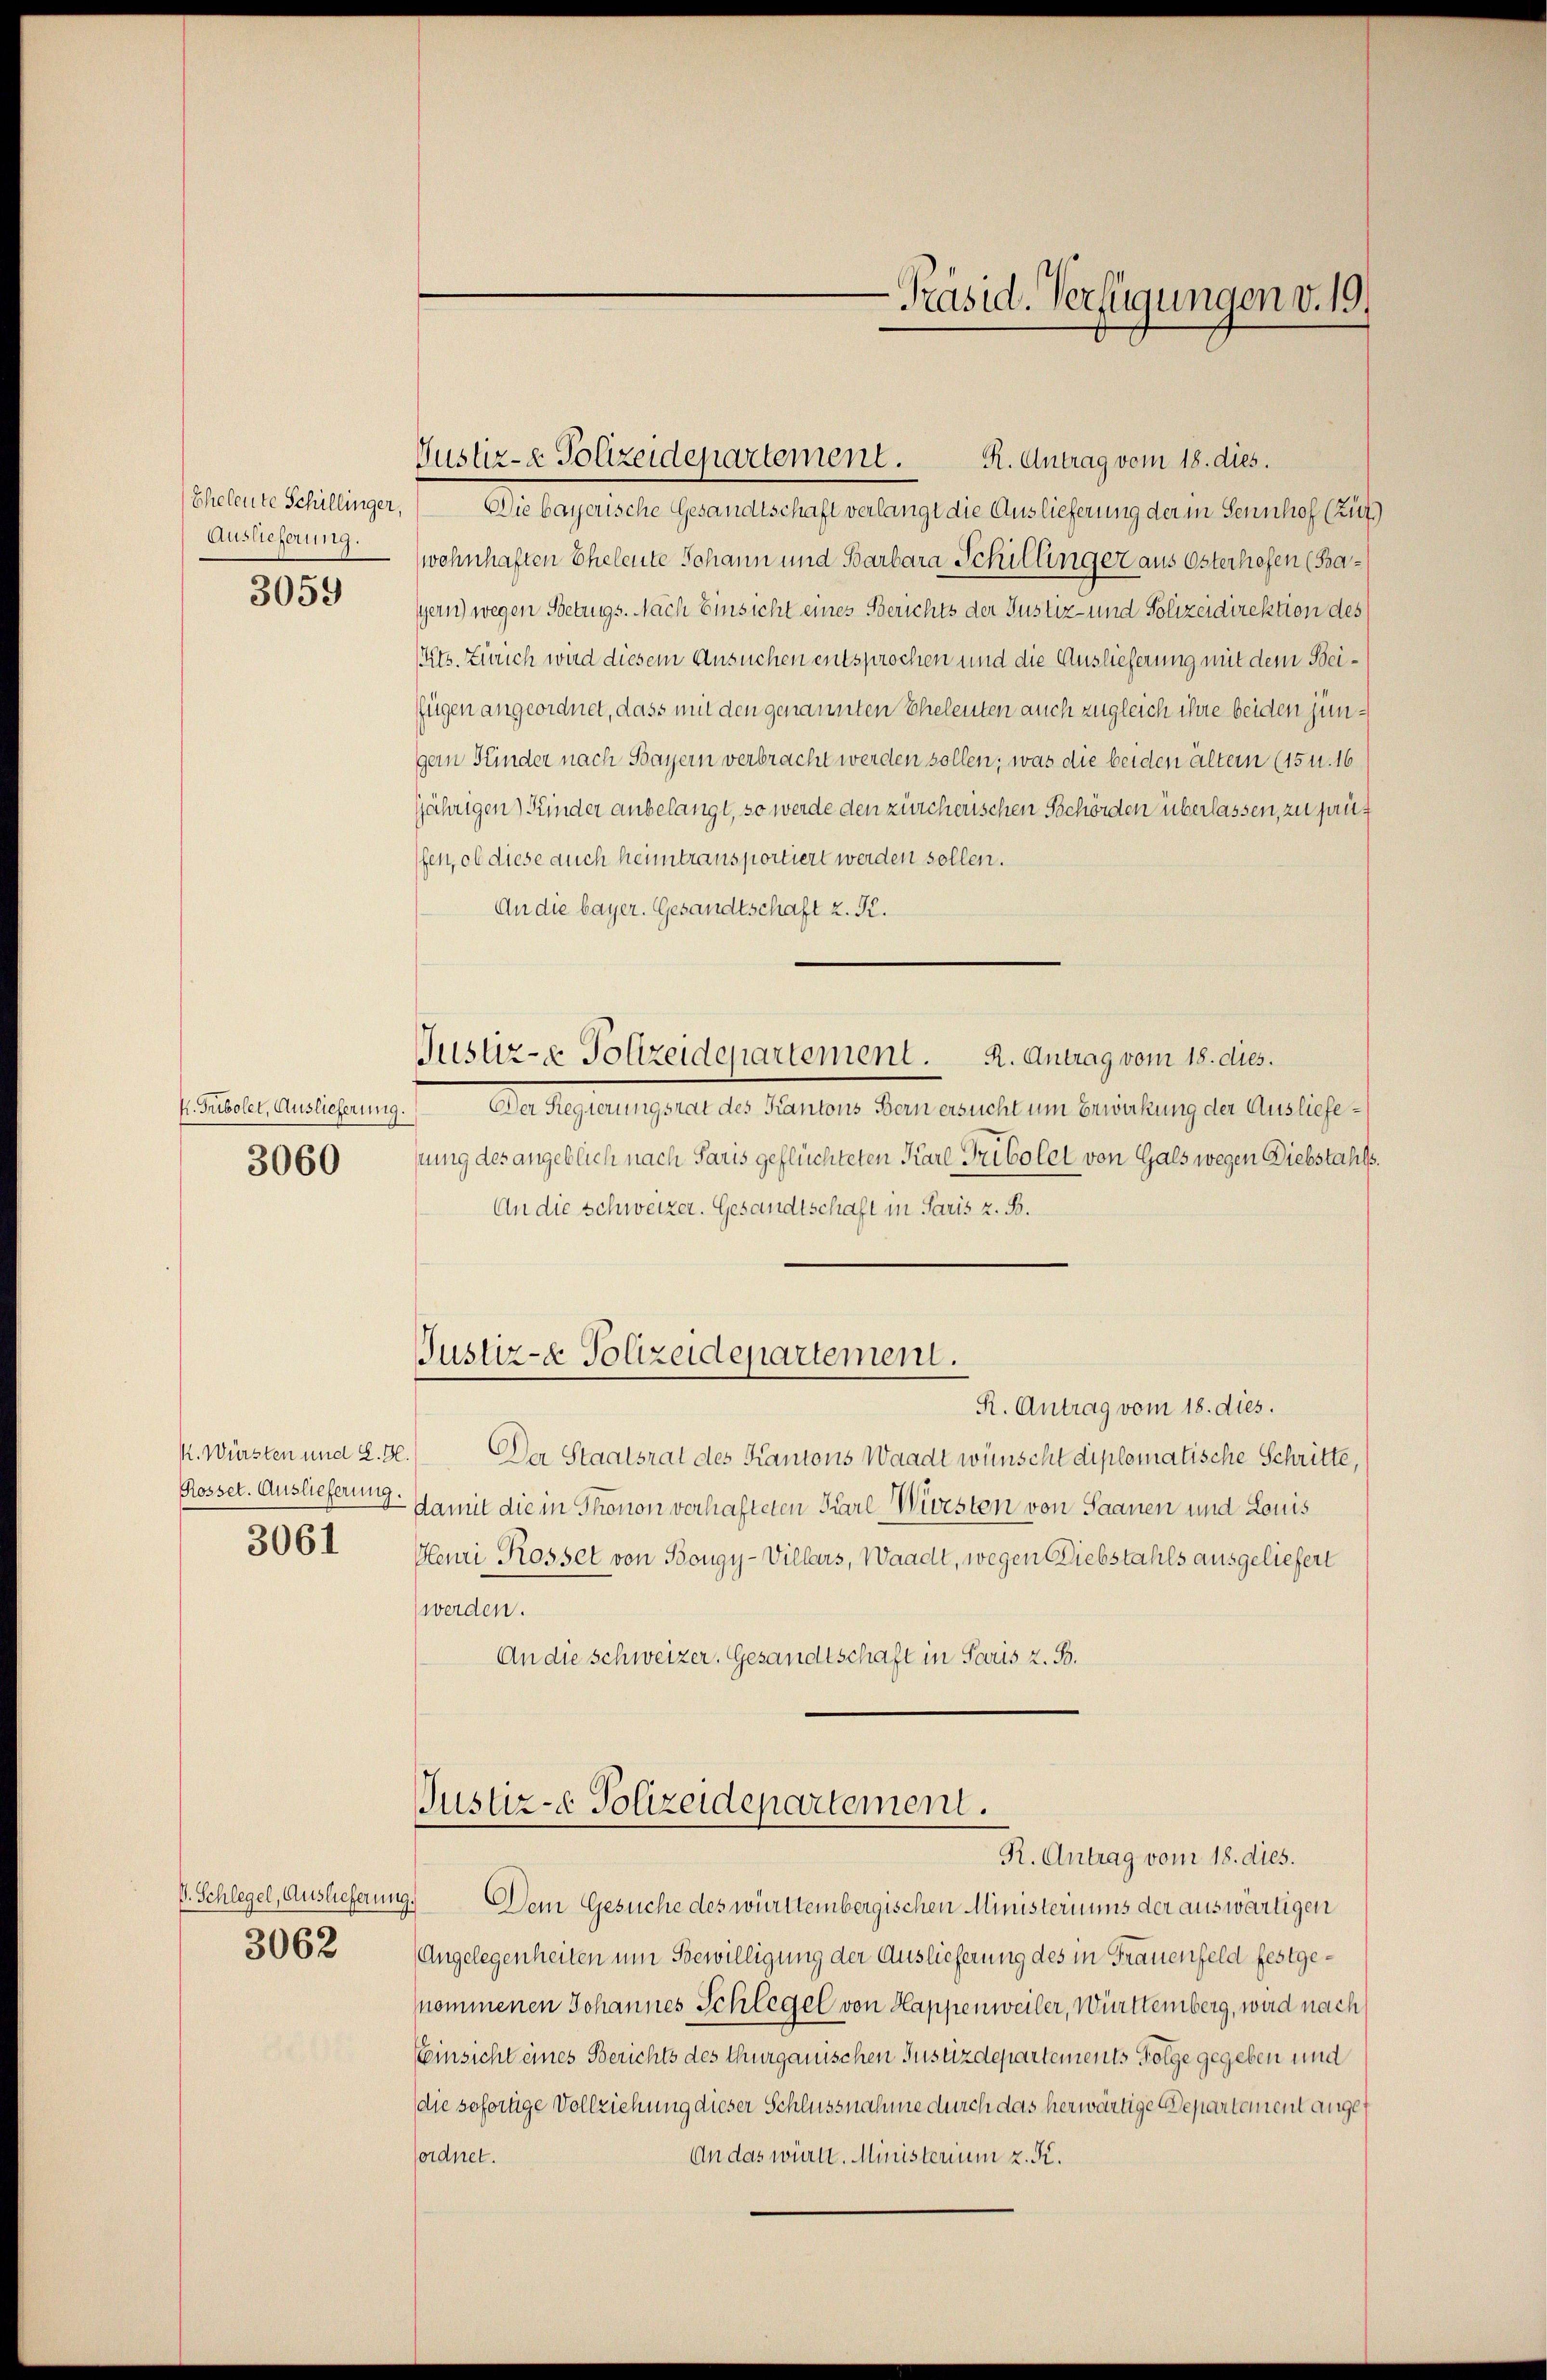
Eheleute Schillinger,
Auslieferung.

3059

k. Tribolet, Auslieferung.
3060

Rossel. Auslieferung.
3061

3062

Die bayerische Gesandtschaft verlangt die Auslieferung der in Sennhof (zuf
wohnhaften Eheleute Johann und Barbara Schillinger aus Osterhofen (Ba¬
Gern) wegen Betrugs. Nach Einsicht eines Berichts der Justiz- und Polizeidirektion des
Kts. Zürich wird diesem Ansuchen entsprochen und die Auslieferung mit dem Beifügen angeordnet, dass mit den genannten Eheleuten auch zugleich ihre beiden jungem Kinder nach Bayern verbracht werden sollen, was die beiden ältern (15 u. 16
jährigen) Kinder anbelangt, so werde den zürcherischen Behörden überlassen, zu sauf
fen, ob diese auch heimtransportiert werden sollen.
An die bayer. Gesandtschaft z. K.
Justiz- & Polizeidepartement. A. Antrag vom 18. dies.
Der Regierungsrat des Kantons Bern ersucht um Erwirkung der Ausliefesung des angeblich nach Paris geflüchteten Karl Tribolet von Gals wegen Diebstahls.
An die Schweizer. Gesandtschaft in Paris z. B.
Justiz- & Polizeidepartement.
R. Antrag vom 18. dies.
K. Würsten und 2. 3.) Der Staatsrat des Kantons Waadt wünscht diplomatische Schritte,
damit die in Thonon verhafteten Pare Würsten von Saanen und Louis
Henri Rossel von Bougy-Villars, Waadt, wegen Diebstahls ausgeliefert
werden.
An die Schweizer. Gesandtschaft in Paris z. B.

Justiz- & Polizeidepartement. R. Antrag vom 18. dies.

-Präsid. Verfügungen v. 19.

Justiz- Polizeidepartement.
R. Antrag vom 18. dies.

V. Schlegel, Auslieferung. Dem Gesuche des württembergischen Ministeriums der auswärtigen
Angelegenheiten um Bewilligung der Auslieferung des in Frauenfeld festgenommenen Johannes Schlegel von Happenweiler, Württemberg, wird nach
Einsicht eines Berichts des Thurgauischen Justizdepartements Folge gegeben und
die sofortige Vollziehung dieser Schlussnahme durch das herwärtige Departement angef
sordnet.
An das würte. Ministerium z. K.